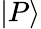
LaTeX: |P\rangle